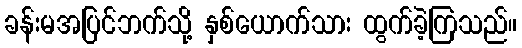
ခန်းမအပြင်ဘက်သို့ နှစ်ယောက်သား ထွက်ခဲ့ကြသည်။